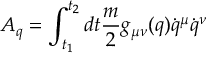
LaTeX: { \cal A } _ { q } = \int _ { t _ { 1 } } ^ { t _ { 2 } } d t \frac { m } { 2 } g _ { \mu \nu } ( q ) \dot { q } ^ { \mu } \dot { q } ^ { \nu }